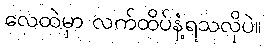
လေထဲမှာ လက်ထိပ်နံ့ရသလိုပဲ။